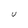
Character: U